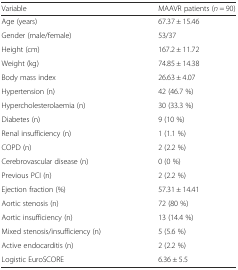
<table><thead><tr><td><b>Variable</b></td><td><b>MAAVR patients (<i>n</i> = 90)</b></td></tr></thead><tbody><tr><td>Age (years)</td><td>67.37 ± 15.46</td></tr><tr><td>Gender (male/female)</td><td>53/37</td></tr><tr><td>Height (cm)</td><td>167.2 ± 11.72</td></tr><tr><td>Weight (kg)</td><td>74.85 ± 14.38</td></tr><tr><td>Body mass index</td><td>26.63 ± 4.07</td></tr><tr><td>Hypertension (n)</td><td>42 (46.7 %)</td></tr><tr><td>Hypercholesterolaemia (n)</td><td>30 (33.3 %)</td></tr><tr><td>Diabetes (n)</td><td>9 (10 %)</td></tr><tr><td>Renal insufficiency (n)</td><td>1 (1.1 %)</td></tr><tr><td>COPD (n)</td><td>2 (2.2 %)</td></tr><tr><td>Cerebrovascular disease (n)</td><td>0 (0 %)</td></tr><tr><td>Previous PCI (n)</td><td>2 (2.2 %)</td></tr><tr><td>Ejection fraction (%)</td><td>57.31 ± 14.41</td></tr><tr><td>Aortic stenosis (n)</td><td>72 (80 %)</td></tr><tr><td>Aortic insufficiency (n)</td><td>13 (14.4 %)</td></tr><tr><td>Mixed stenosis/insufficiency (n)</td><td>5 (5.6 %)</td></tr><tr><td>Active endocarditis (n)</td><td>2 (2.2 %)</td></tr><tr><td>Logistic EuroSCORE</td><td>6.36 ± 5.5</td></tr></tbody></table>